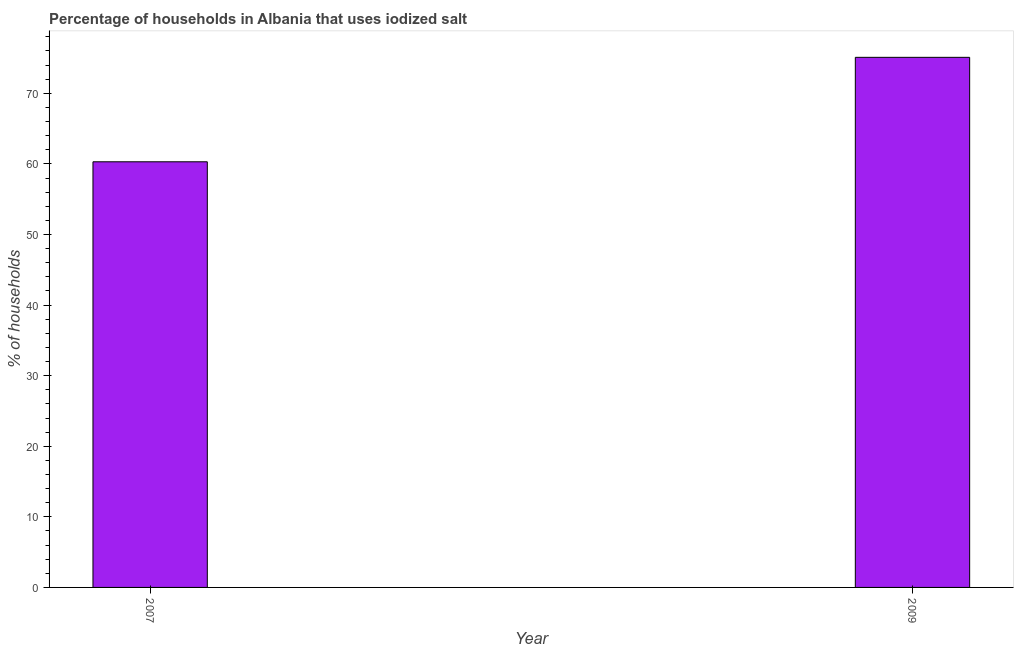
| Year | Consumption of iodized salt |
 | --- | --- |
 | 2007 | 60.3 |
 | 2009 | 75.1 |